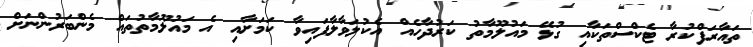
ތައާރަފްކުރާ ޓެކްސްތަކާއި ގުޅޭ މައުލޫމާތު ކަރުދާހެއް އެކުލަވާލާފައިވާ ކަމަށާއި އެ މައުލޫމާތުތައް މެންބަރުންނަށް